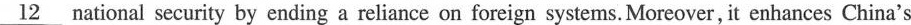
\underline{12} national security by ending a reliance on foreign systems. Moreover, it enhances China's